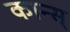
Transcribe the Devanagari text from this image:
कान्स्